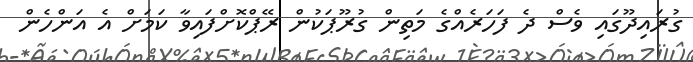
ގުރައިދޫގައި ވެސް ދެ ފަހަރެއްގެ މަތިން ގުރޫޕަކުން ރޭޕްކޮށްފައިވާ ކަމަށް އެ އަންހެން